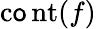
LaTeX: \operatorname{c\mathsf{o}nt}(f)